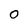
Character: 0